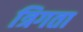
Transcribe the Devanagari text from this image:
त्रिगता